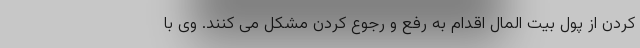
کردن از پول بیت المال اقدام به رفع و رجوع کردن مشکل می کنند. وی با